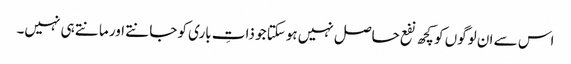
اس سے ان لوگوں کو کچھ نفع حاصل نہیں ہوسکتا جو ذاتِ باری کو جانتے اور مانتے ہی نہیں۔